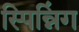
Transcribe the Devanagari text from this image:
स्पिन्निंग